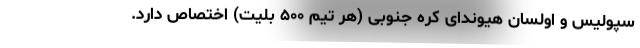
سپولیس و اولسان هیوندای کره جنوبی (هر تیم ۵۰۰ بلیت) اختصاص دارد.